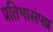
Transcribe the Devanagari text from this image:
प्रतिभासंपझ